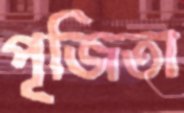
পূজিতা